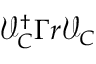
\mathcal { V } _ { C } ^ { \dagger } \Gamma r \mathcal { V } _ { C }